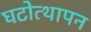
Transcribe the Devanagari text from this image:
घटोत्थापन